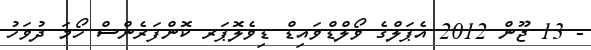
- 13 ޖޫން 2012 އެޕަލްގެ ވޯލްޑްވައިޑް ޑިވެލޮޕަރ ކޮންފަރެންސް ހޯމަ ދުވަހު